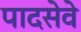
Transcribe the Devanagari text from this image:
पादसेवे